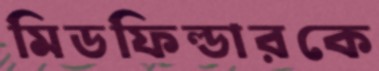
মিডফিল্ডারকে